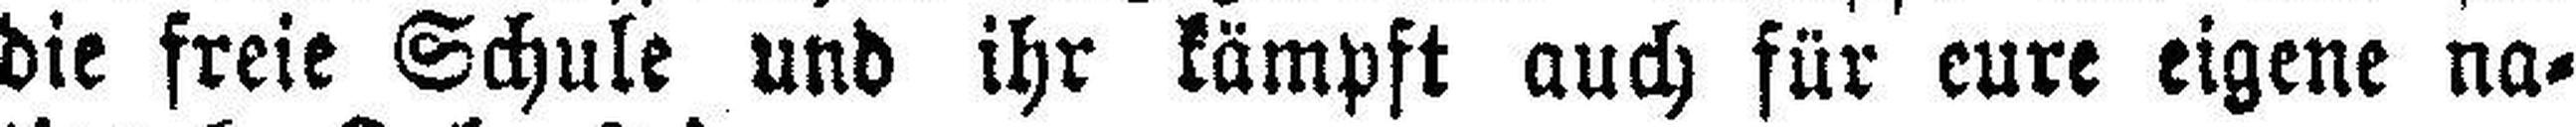
die freie Schule und ihr kämpft auch für eure eigene na¬